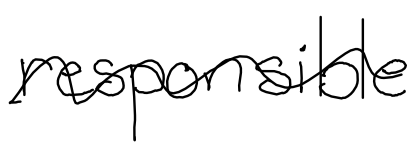
Text: responsible
Cross-out: wave
Writing tool: digital_black